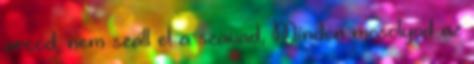
arcod, nem száll el a szavad, Minden mosolyod az